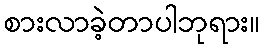
စားလာခဲ့တာပါဘုရား။